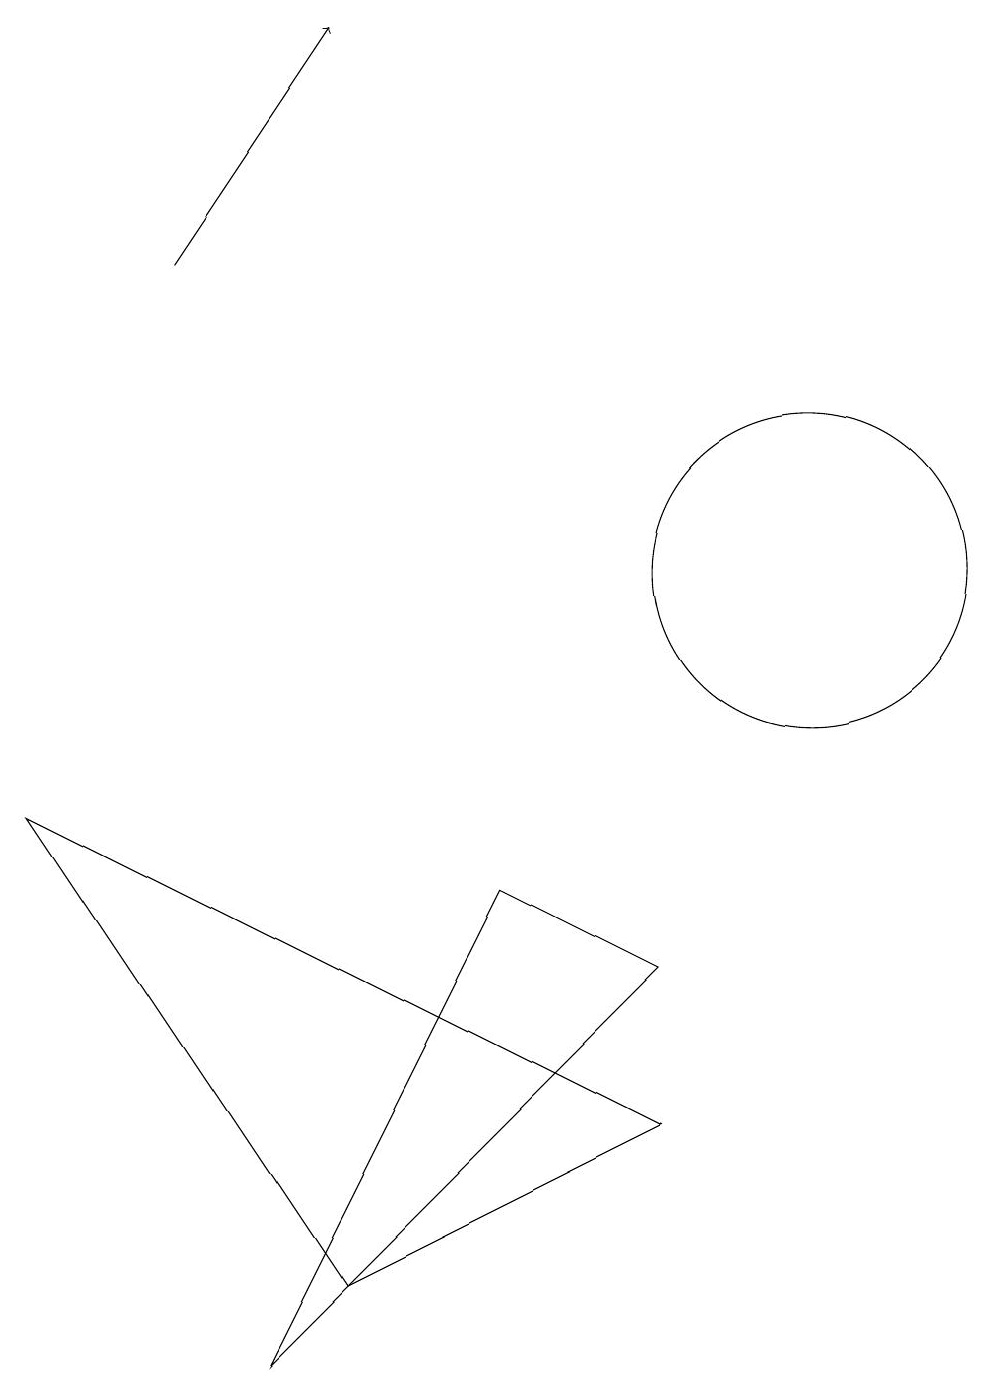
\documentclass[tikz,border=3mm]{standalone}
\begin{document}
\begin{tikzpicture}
\draw (9,4) -- (1,8) -- (5,2) -- cycle;
\draw (11,11) circle (2);
\draw (4,1) -- (9,6) -- (7,7) -- cycle;
\draw[->] (3,15) -- (5,18);
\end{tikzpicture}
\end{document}